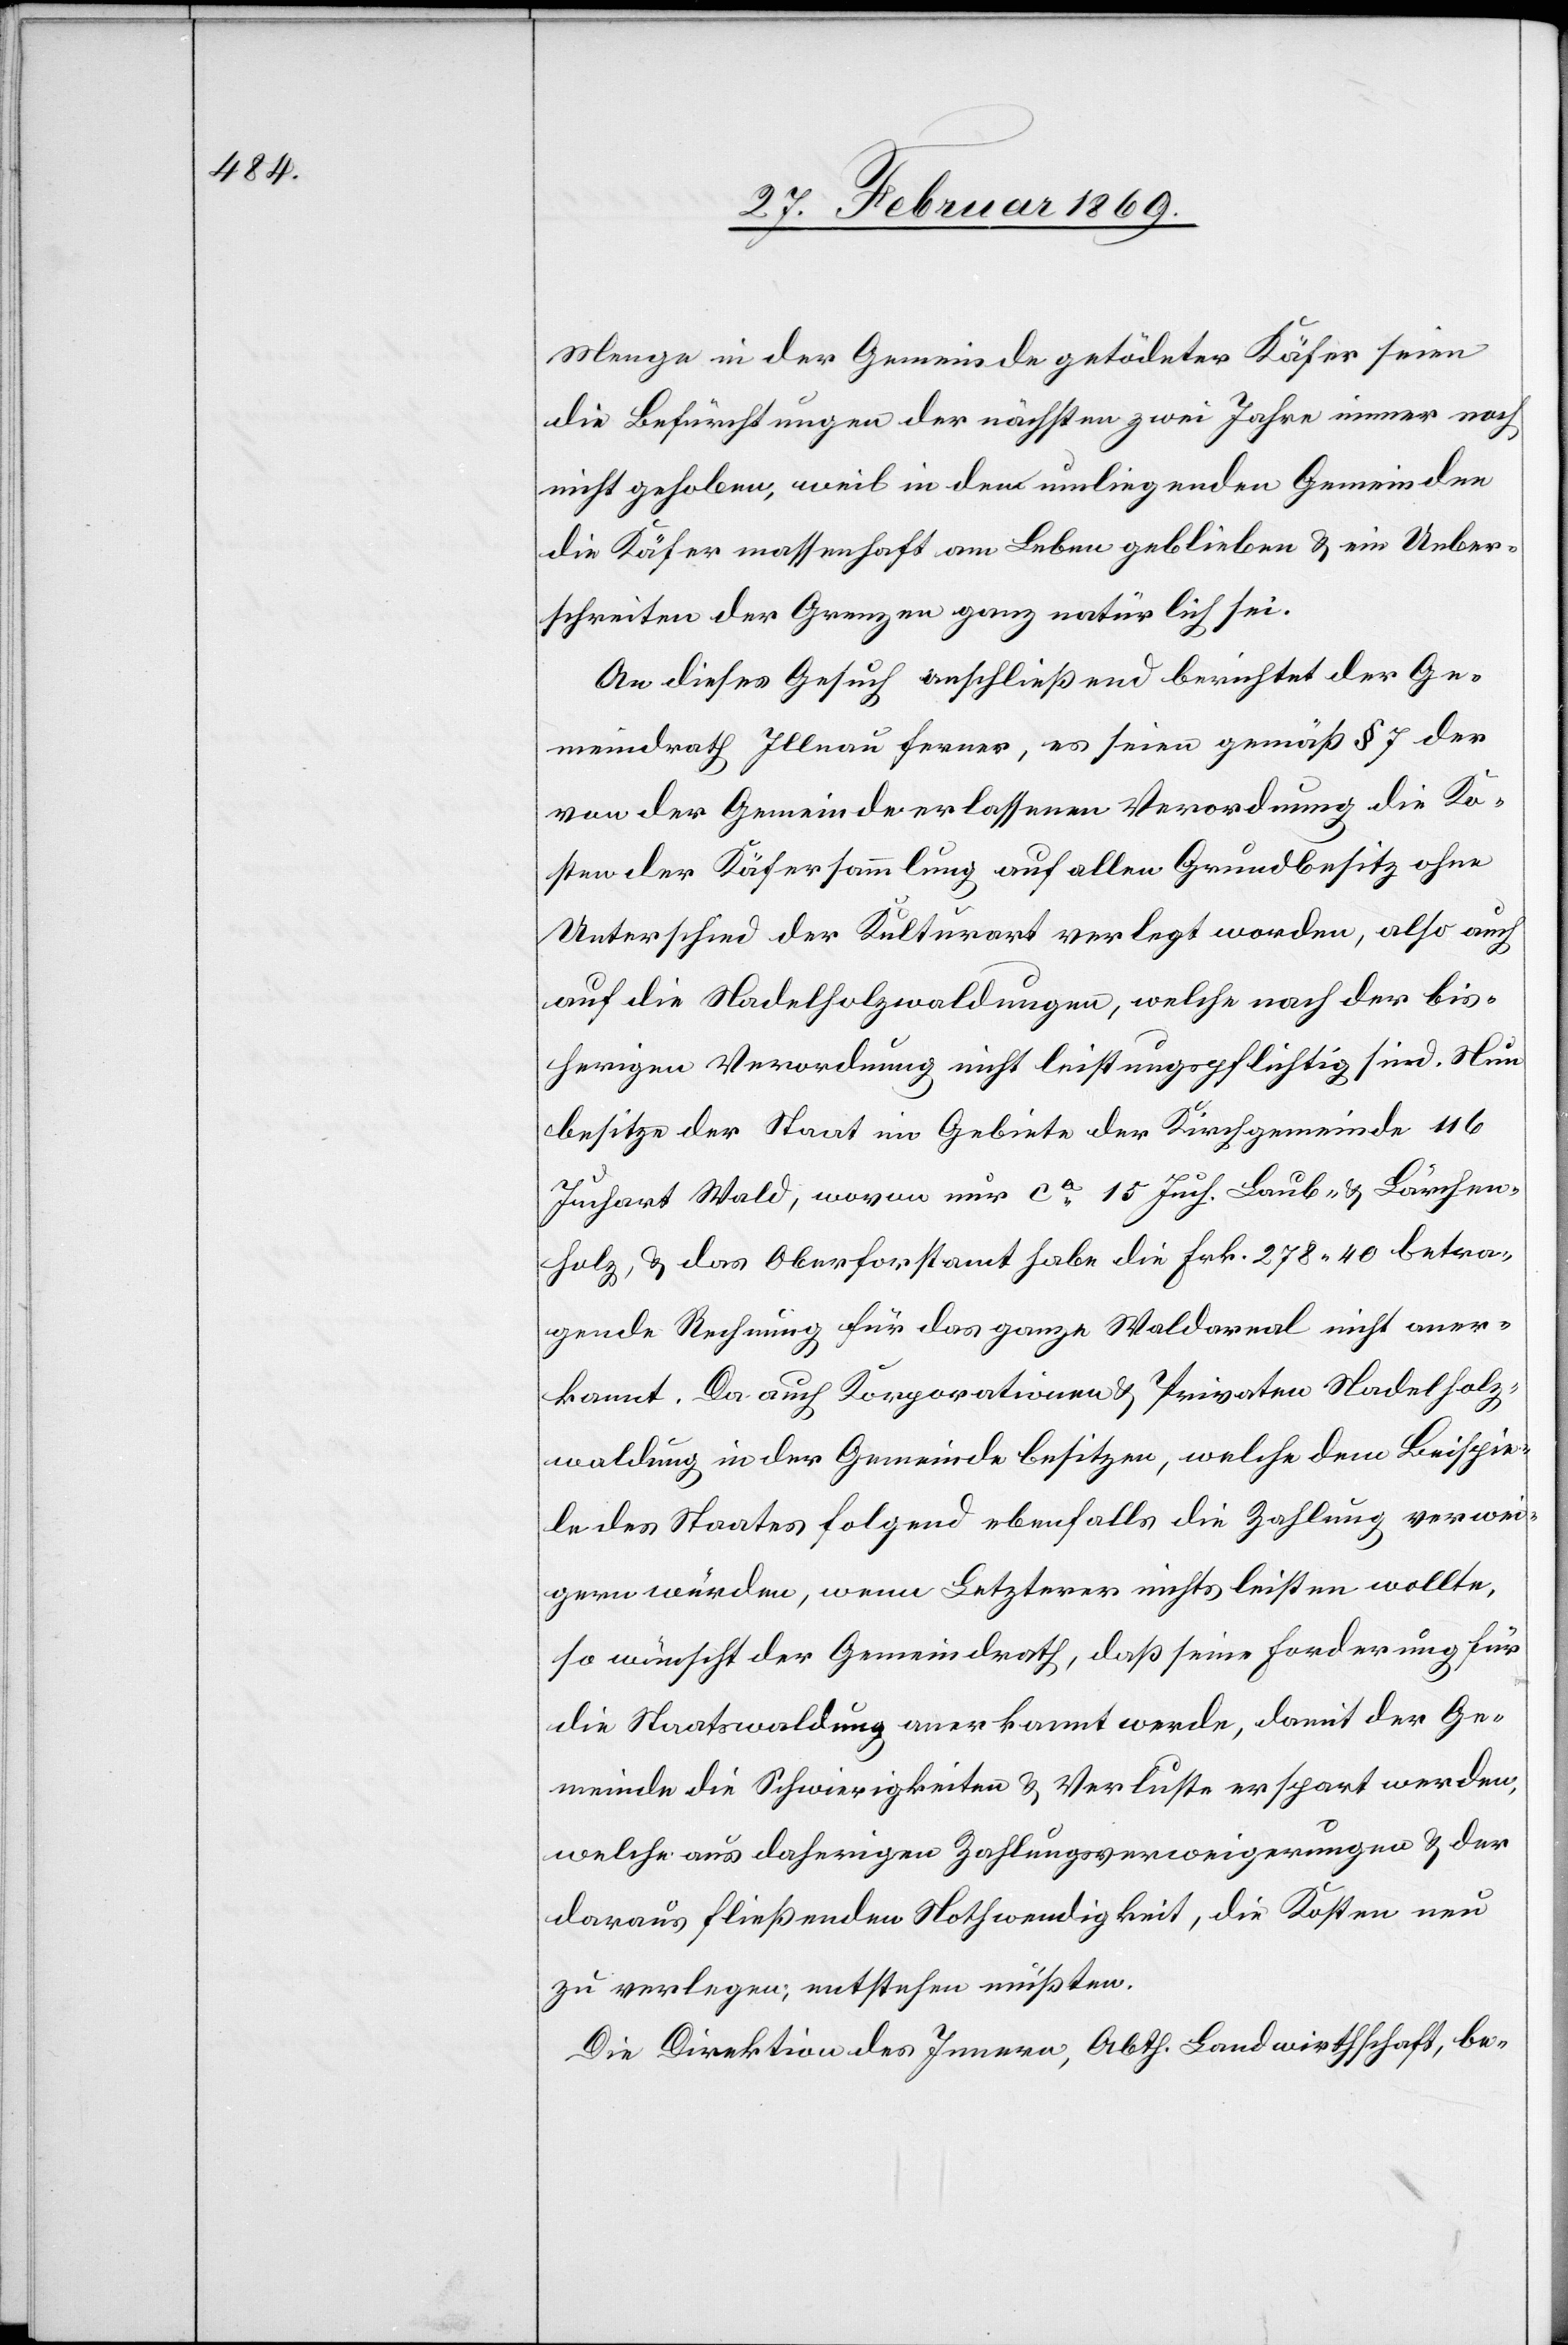
Menge in der Gemeinde getöteter Käfer seien
die Befürchtungen der nächsten zwei Jahre immer noch
nicht gehoben, weil in den umliegenden Gemeinden
die Käfer massenhaft am Leben geblieben & ein Ueber¬
schreiten der Grenzen ganz natürlich sei.
An dieses Gesuch anschließend berichtet der Ge¬
meindrath Illnau ferner, es seien gemäß § 7 der
von der Gemeinde erlassenen Verordnung die Ko¬
sten der Käfersammlung auf allen Grundbesitz ohne
Unterschied der Kulturart verlegt worden, also auch
auf die Nadelholzwaldungen, welche nach der bis¬
herigen Verordnung nicht leistungspflichtig sind. Nun
besitze der Staat im Gebiete der Kirchgemeinde 116
Juchart Wald, wovon nur ca 15 Juch. Laub- & Lärchen¬
holz, & das Oberforstamt habe die Frk. 278.40 betra¬
gende Rechnung für das ganze Waldareal nicht aner¬
kannt. Da auch Korporationen & Privaten Nadelholz¬
waldung in der Gemeinde besitzen, welche dem Beispie¬
le des Staates folgend ebenfalls die Zahlung verwei¬
gern würden, wenn Letzterer nichts leisten wollte,
so wünscht der Gemeindrath, daß seine Forderung für
die Staatswaldung anerkannt werde, damit der Ge¬
meinde die Schwierigkeiten & Verluste erspart werden,
welche aus daherigen Zahlungsverweigerungen & der
daraus fließenden Nothwendigkeit, die Kosten neu
zu verlegen; entstehen müßten.
Die Direktion des Innern, Abth. Landwirthschaft, be-